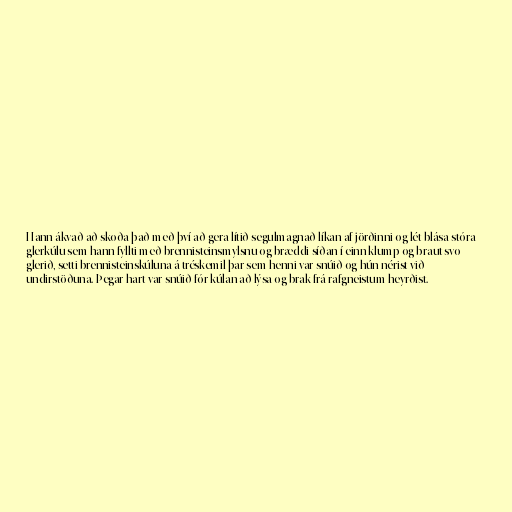
Hann ákvað að skoða það með því að gera lítið segulmagnað líkan af jörðinni og lét blása stóra
glerkúlu sem hann fyllti með brennisteinsmylsnu og bræddi síðan í einn klump og braut svo
glerið, setti brennisteinskúluna á tréskemil þar sem henni var snúið og hún nérist við
undirstöðuna. Þegar hart var snúið fór kúlan að lýsa og brak frá rafgneistum heyrðist.